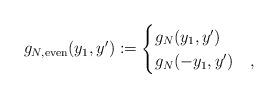
LaTeX: \begin{align*}g_{N,\mathrm{even}}(y_1,y^\prime) :=\begin{cases}g_N(y_1,y^\prime)&\\g_N(-y_1,y^\prime)&,\end{cases}\end{align*}